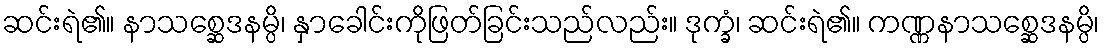
ဆင်းရဲ၏။ နာသစ္ဆေဒနမ္ပိ၊ နှာခေါင်းကိုဖြတ်ခြင်းသည်လည်း။ ဒုက္ခံ၊ ဆင်းရဲ၏။ ကဏ္ဏနာသစ္ဆေဒနမ္ပိ၊